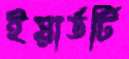
ইয়ার্ডটি